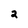
Character: 2